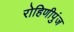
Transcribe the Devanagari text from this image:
रोहिणीपुंज